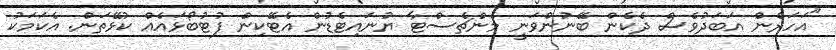
"އަހަރެން އަބަދުވެސް ދެކެން ބޭނުންވަނީ މެންޗެސްޓާ ޔުނައިޓެޑުން އެޓޭކިން ފުޓުބޯޅައެއް ކުޅޭތަން. އެކަމަކު